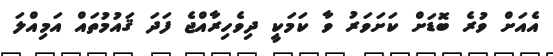
އެއަށް ވުރެ ބޮޑަށް ކަށަވަރު ވާ ކަމަކީ ދިވެހިރާއްޖެ ފަދަ ޤައުމުތައް އަމިއްލަ